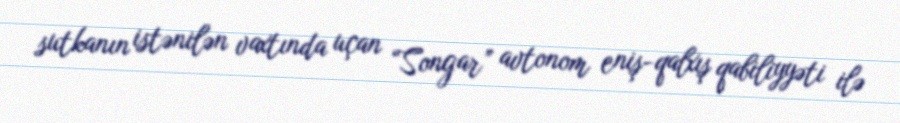
sutkanın istənilən vaxtında uçan “Songar” avtonom eniş-qalxış qabiliyyəti ilə